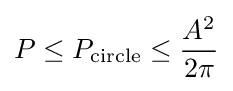
P\leq P_{\text{circle}}\leq {\frac {A^{2}}{2\pi }}